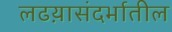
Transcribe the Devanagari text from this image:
लढय़ासंदर्भातील